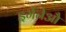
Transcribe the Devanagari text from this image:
इर्गेनेऔ